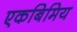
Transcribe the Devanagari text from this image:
एकबिमिय